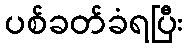
ပစ်ခတ်ခံရပြီး